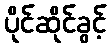
ပိုင်ဆိုင်ခွင့်